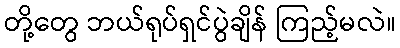
တို့တွေ ဘယ်ရုပ်ရှင်ပွဲချိန် ကြည့်မလဲ။